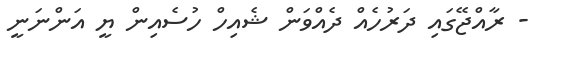
- ރާއްޖޭގައި ދަރުހެއް ދެއްވަން ޝެއިހް ހުސެއިން ޔީ އަންނަނީ